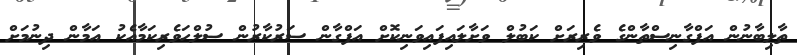
ތާލިބާނުން އަފްގާނިިސްތާންގެ ވެރިރަށް ކަބުލް ވަށާލައިފައިވަނިކޮށް އަފްގާން ސަރުކާރުން ސުލްހަވެރިކަމާއެކު އަމާން ދިނުމަށް